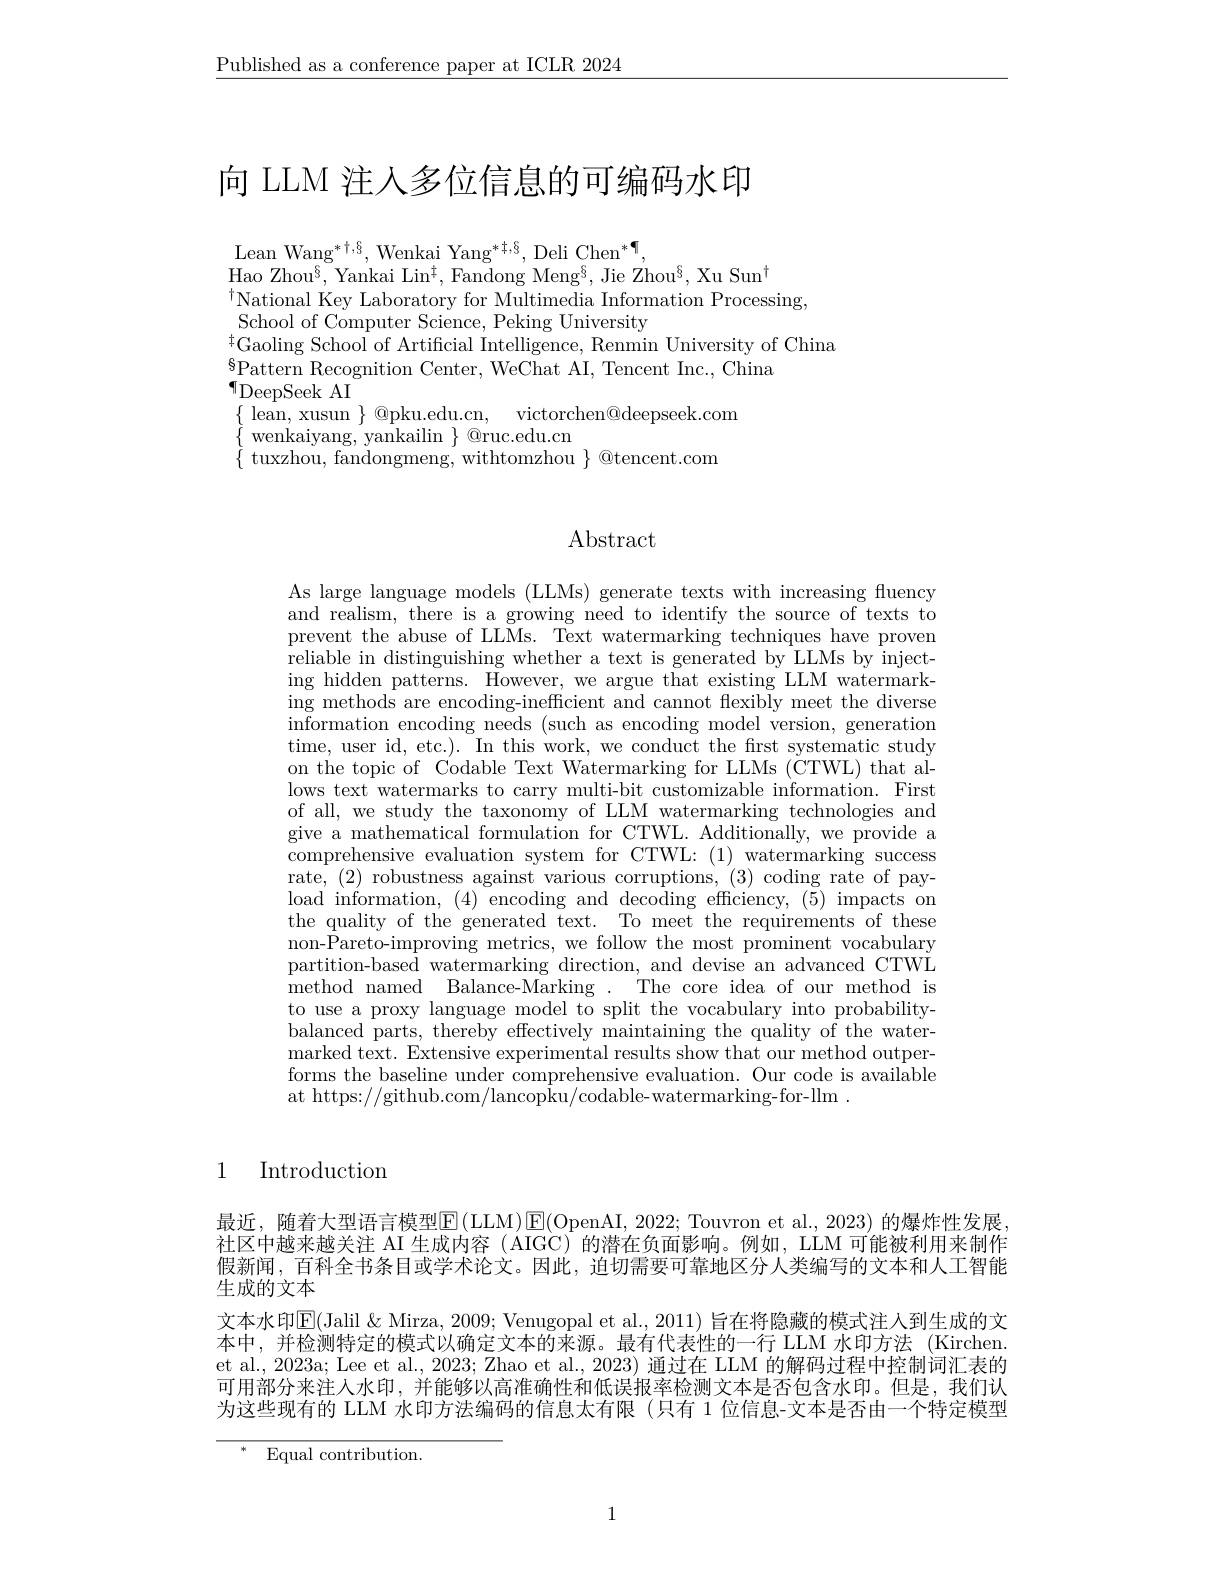
$\underline{\text{Published as a conference paper at ICLR 2024}}$

# 向 LLM 注人多位信息的可编码水印

Lean Wang$^*^\dagger,\S$, Wenkai Yang$^*^\dagger,\S$, Deli Chen$^*^\P$,
Hao Zhou$^{\S}$,Yankai Lin$^{\ddagger}$,Fandong Meng$^{\S}$,Jie Zhou$^{\S}$,Xu Sun$^{\dagger}$
$^{\dagger}$National Key Laboratory for Multimedia Information Processing,
School of Computer Science, Peking University
$^{\ddagger}$Gaoling School of Artificial Intelligence, Renmin University of China
$^{8}$Pattern Recognition Center, WeChat AI, Tencent Inc., China
$\P$DeepSeek AI
$\{$ lean, xusun $\}$ @pku.edu.cn, victorchen@deepseek.com
wenkaiyang, yankailin $\}$ @ruc.edu.cn
$\{$ tuxzhou, fandongmeng, withtomzhou $\}$ @tencent.com

# Abstract

As large language models (LLMs) generate texts with increasing fluency and realism, there is a growing need to identify the source of texts to prevent the abuse of LLMs. Text watermarking techniques have proven reliable in distinguishing whether a text is generated by LLMs by injecting hidden patterns. However, we argue that existing LLM watermarking methods are encoding-inefficient and cannot flexibly meet the diverse information encoding needs (such as encoding model version, generation time, user id, etc.). In this work, we conduct the frst systematic study on the topic of Codable Text Watermarking for LLMs (CTWL) that allows text watermarks to carry multi-bit customizable information. First of all, we study the taxonomy of LLM watermarking technologies and give a mathematical formulation for CTWL. Additionally, we provide a comprehensive evaluation system for CTWL: (1) watermarking success rate, (2) robustness against various corruptions, (3) coding rate of payload information, (4) encoding and decoding efficiency, (5) impacts on the quality of the generated text. To meet the requirements of these non-Pareto-improving metrics, we follow the most prominent vocabulary partition-based watermarking direction, and devise an advanced CTWL method named Balance-Marking . The core idea of our method is to use a proxy language model to split the vocabulary into probabilitybalanced parts, thereby effectively maintaining the quality of the watermarked text. Extensive experimental results show that our method outper- forms the baseline under comprehensive evaluation. Our code is available at https://github.com/lancop$\tilde{\text{ku}}/$codable-watermarking-for-llm.

1 Introduction

$最近，随着大型语言模型$\operatorname{E}(\operatorname{LLM})\operatorname{E}($OpenAI, 2022; Touvron et al., 2023) $的爆炸性发展社区中越来越关注 AI 生成内容 (AIGC) 的潜在负面影响。例如，LLM 可能被利用来制作假新闻，百科全书条目或学术论文。因此，迫切需要可靠地区分人类编写的文本和人工智能生成的文本
文本水印$\mathbb{E}($Jalil & Mirza, 2009; Venugopal et al., 2011) 旨在将隐藏的模式注人到生成的文本中，并检测特定的模式以确定文本的来源。最有代表性的一行 LLM 水印方法 (Kirchen et al., 2023a; Lee et al., 2023; Zhao et al., 2023) 通过在 LLM 的解码过程中控制词汇表的可用部分来注人水印，并能够以高准确性和低误报率检测文本是否包含水印。但是，我们认为这些现有的 LLM 水印方法编码的信息太有限 (只有 1 位信息-文本是否由一个特定模型

$^{* }$ Equal contribution.

1